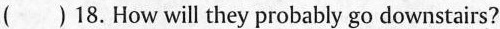
( )18.How will they probably go downstairs?